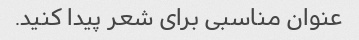
عنوان مناسبی برای شعر پیدا کنید.